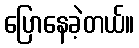
ပြောနေခဲ့တယ်။